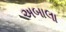
અબાલા